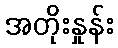
အတိုးနှုန်း